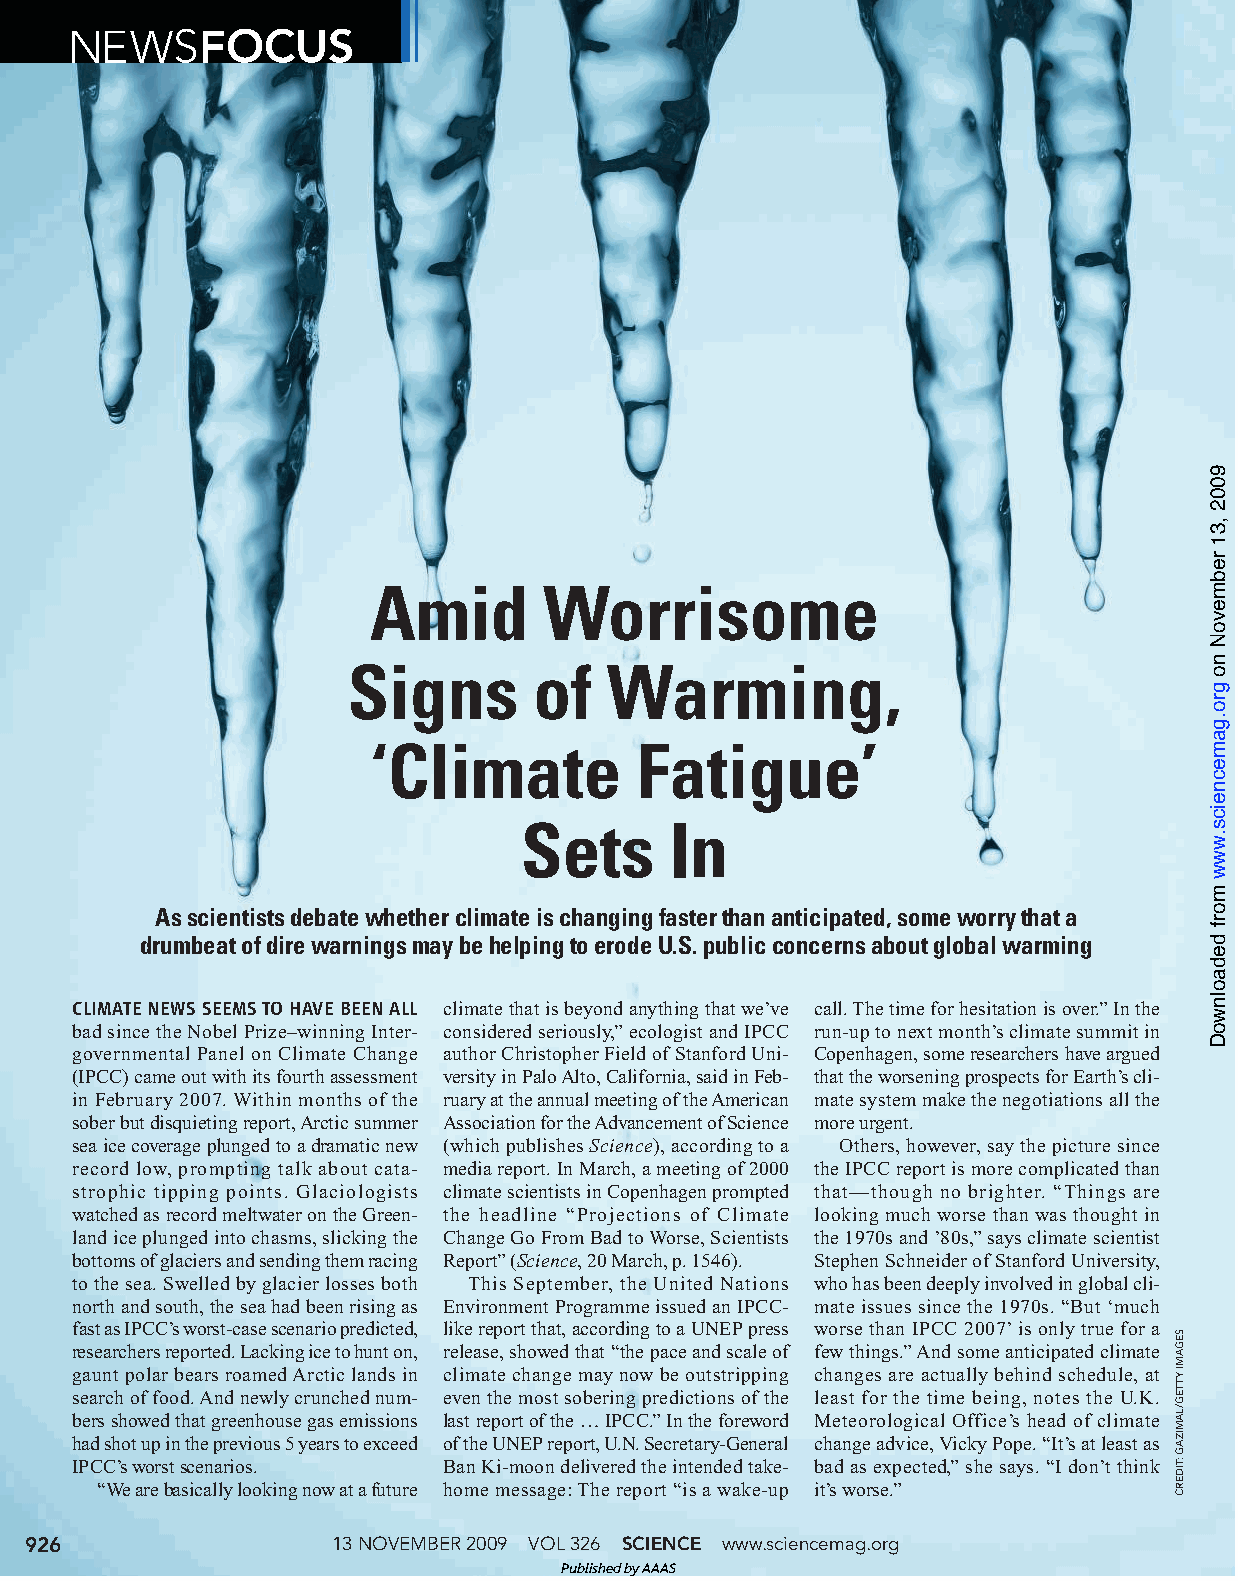
NEWSFOCUS
 Amid        Worrisome
 Signs       of   Warming,
 ‘Climate         Fatigue’
 Sets      In
 As scientists debate whether climate is changing faster than anticipated, some worry that a
 drumbeat of dire warnings may be helping to erode U.S. public concerns about global warming
 CLIMATE NEWS SEEMS TO HAVE BEEN ALL climate that is beyond anything that we’ve call. The time for hesitation is over.” In the
 bad since the Nobel Prize–winning Inter- considered seriously,” ecologist and IPCC run-up to next month’s climate summit in
 governmental Panel on Climate Change author Christopher Field of Stanford Uni- Copenhagen, some researchers have argued
 (IPCC) came out with its fourth assessment versity in Palo Alto, California, said in Feb- that the worsening prospects for Earth’s cli-
 in February 2007. Within months of the ruary at the annual meeting of the American mate system make the negotiations all the
 sober but disquieting report, Arctic summer Association for the Advancement of Science more urgent.
 sea ice coverage plunged to a dramatic new (which publishes Science), according to a Others, however, say the picture since
 record low, prompting talk about cata- media report. In March, a meeting of 2000 the IPCC report is more complicated than
 strophic tipping points. Glaciologists climate scientists in Copenhagen prompted that—though no brighter. “Things are
 watched as record meltwater on the Green- the headline “Projections of Climate looking much worse than was thought in
 land ice plunged into chasms, slicking the Change Go From Bad to Worse, Scientists the 1970s and ’80s,” says climate scientist
 bottoms of glaciers and sending them racing Report” (Science, 20 March, p. 1546). Stephen Schneider of Stanford University,
 to the sea. Swelled by glacier losses both This September, the United Nations who has been deeply involved in global cli-
 north and south, the sea had been rising as Environment Programme issued an IPCC- mate issues since the 1970s. “But ‘much
 fast as IPCC’s worst-case scenario predicted, like report that, according to a UNEP press worse than IPCC 2007’is only true for a
 researchers reported. Lacking ice to hunt on, release, showed that “the pace and scale of few things.” And some anticipated climate
 gaunt polar bears roamed Arctic lands in climate change may now be outstripping changes are actually behind schedule, at
 search of food. And newly crunched num- even the most sobering predictions of the least for the time being, notes the U.K.
 bers showed that greenhouse gas emissions last report of the … IPCC.” In the foreword Meteorological Office’s head of climate
 had shot up in the previous 5 years to exceed of the UNEP report, U.N. Secretary-General change advice, Vicky Pope. “It’s at least as
 IPCC’s worst scenarios. Ban Ki-moon delivered the intended take- bad as expected,” she says. “I don’t think
 “We are basically looking now at a future home message: The report “is a wake-up it’s worse.”
 926                 13 NOVEMBER2009 VOL 326 SCIENCE www.sciencemag.org
 Published by AAAS
 SEGAMI
 YTTEG/LAMIZAG
 :TIDERC
 9002
 ,31
 rebmevoN
 no
 gro.gamecneics.www
 morf
 dedaolnwoD